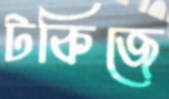
টকিজে